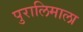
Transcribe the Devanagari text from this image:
पुरालिमाला